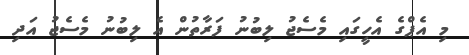
މި އެޕްގެ އެހީގައި މެސެޖު ލިބުނު ފަރާތުން އެ ލިބުނު މެސެޖު އަދި